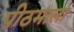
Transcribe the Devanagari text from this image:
पीठमाला